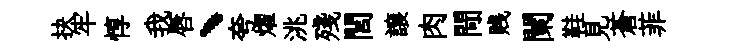
抉牢惇我唇、夸燿洮殘閭譲肉閜贱闌鞋見蒼菲